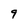
Character: 9